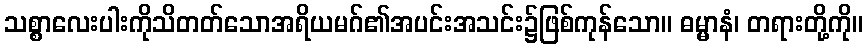
သစ္စာလေးပါးကိုသိတတ်သောအရိယမဂ်၏အပင်းအသင်း၌ဖြစ်ကုန်သော။ ဓမ္မာနံ၊ တရားတို့ကို။